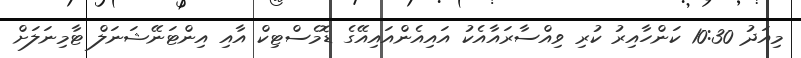
މިއަދު 10:30 ކަންހާއިރު ކުރި ވިއްސާރައާއެކު އައިއެންއައިއޭގެ ޑޮމެސްޓިކް އާއި އިންޓަނޭޝަނަލް ޓާމިނަލަށް